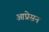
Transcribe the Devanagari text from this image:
आप्रेसन